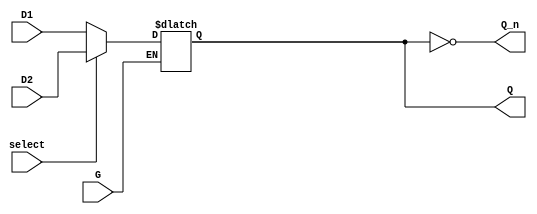
module dual_input_gated_latch (
    input wire D1,          // First Data Input
    input wire D2,          // Second Data Input
    input wire G,           // Gate Control Signal
    input wire select,      // Selection Control Signal (0 for D1, 1 for D2)
    output reg Q,           // Latch Output
    output wire Q_n         // Inverted Latch Output
);

// Inverted output
assign Q_n = ~Q;

// Always block to implement the gated latch behavior
always @ (G or D1 or D2) begin
    if (G) begin
        // Select between D1 and D2 based on the select signal
        if (select) begin
            Q <= D2;  // If select is high, take D2
        end else begin
            Q <= D1;  // If select is low, take D1
        end
    end
    // If G is low, Q retains its previous value (latching behavior)
end

endmodule